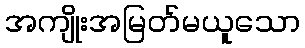
အကျိုးအမြတ်မယူသော